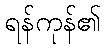
ရန်ကုန်၏